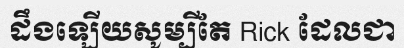
ដឹងឡើយសូម្បីតែ Rick ដែលជា